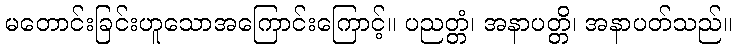
မတောင်းခြင်းဟူသောအကြောင်းကြောင့်။ ပညတ္တံ၊ အနာပတ္တိ၊ အနာပတ်သည်။